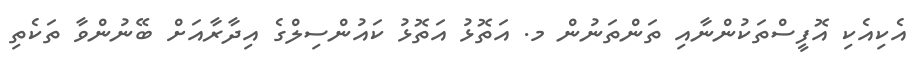
އެކިއެކި އޮފީސްތަކުންނާއި ތަންތަނުން މ. އަތޮޅު އަތޮޅު ކައުންސިލްގެ އިދާރާއަށް ބޭނުންވާ ތަކެތި